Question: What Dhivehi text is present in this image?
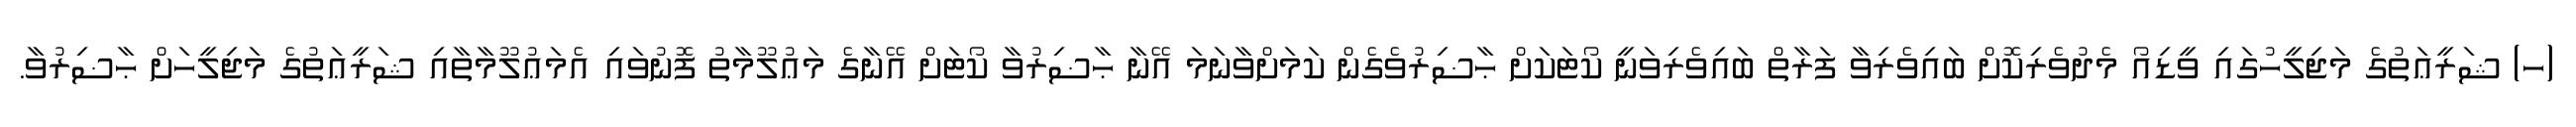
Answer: (ހ) ޝަރީޢަތުގެ މަޖިލީހުގައި ވީޑިއޯ މެދުވެރިކޮށް ބައިވެރިވާ ފަރާތް ބައިވެރިވަނީ ކޯޓަކަށް ޙާޟިރުވެގެން ކަމަށްވާނަމަ އޭނާ ޙާޟިރުވާ ކޯޓަށް އޭނާގެ މަޢުލޫމާތު ފޮނުވައި އެމަޢުލޫމާތާއި ޝަރީޢަތުގެ މަޖިލީހަށް ޙާޟިރުވާ.